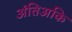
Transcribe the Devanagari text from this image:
अंतिअकि